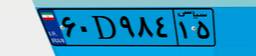
۰۲D۷۲۹۸۰